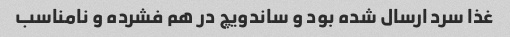
غذا سرد ارسال شده بود و ساندویچ در هم فشرده و نامناسب